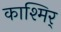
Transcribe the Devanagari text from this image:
काश्मिर्